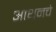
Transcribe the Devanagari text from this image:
आथनचे